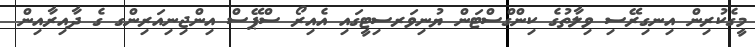
މީގެކުރިން އިނގިރޭސި ވިލާތުގެ ކިންގްސްޓަން ޔުނިވަރސިޓީގައި އެއިރޯ ސްޕޭސް އިންޖިނިއަރިންގ ގެ ދާއިރާއިން